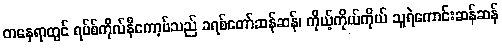
တနေရာတွင် ရပ်စ်ကိုလ်နီကော့ဗ်သည် ခရစ်တော်ဆန်ဆန်၊ ကိုယ့်ကိုယ်ကိုယ် သူရဲကောင်းဆန်ဆန်